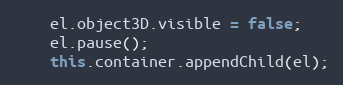
Language: JavaScript
    el.object3D.visible = false;
    el.pause();
    this.container.appendChild(el);